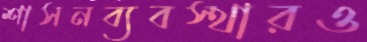
শাসনব্যবস্থারও